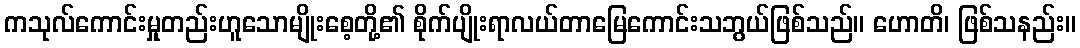
ကသုလ်ကောင်းမှုတည်းဟူသောမျိုးစေ့တို့၏ စိုက်ပျိုးရာလယ်တာမြေကောင်းသဘွယ်ဖြစ်သည်။ ဟောတိ၊ ဖြစ်သနည်း။